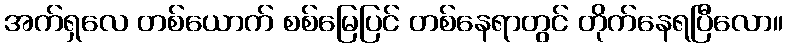
အက်ရှလေ တစ်ယောက် စစ်မြေပြင် တစ်နေရာတွင် တိုက်နေရပြီလော။